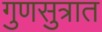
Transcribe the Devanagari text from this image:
गुणसुत्रात